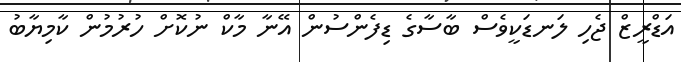
އަޑްރީޒް ޖެހި ލަނޑަކީވެސް ބާސާގެ ޑިފެންސުން އޭނާ މާކް ނުކޮށް ހުރުމުން ކާމިިޔާބު